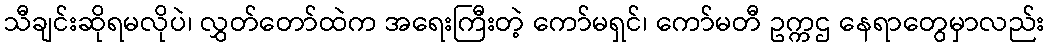
သီချင်းဆိုရမလိုပဲ၊ လွှတ်တော်ထဲက အရေးကြီးတဲ့ ကော်မရှင်၊ ကော်မတီ ဥက္ကဌ နေရာတွေမှာလည်း